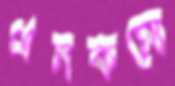
এনকমো